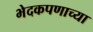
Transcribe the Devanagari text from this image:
भेदकपणाच्या